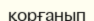
қорғанып